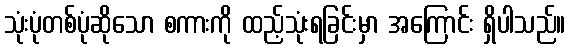
သုံးပုံတစ်ပုံဆိုသော စကားကို ထည့်သုံးရခြင်းမှာ အကြောင်း ရှိပါသည်။